Vaccination in Bombay 1924-1928 - 1924-1928
Year: 1924
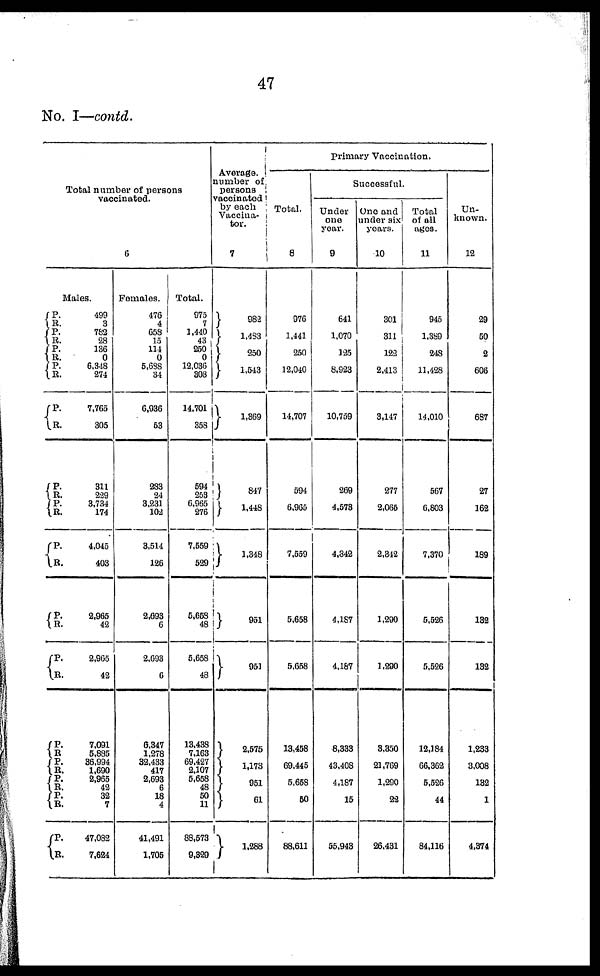
47
No. I—contd.
Total number of persons
vaccinated.
6
Males.
P.
R.
P.
R.
P.
R.
P.
R.
P.
R.
P.
R.
P.
R.
P.
R.
P.
R.
P.
R.
P.
R.
P.
R. P.
R.
P.
R.
P.
R.
499
3
782
28
136
0
6,348
274
7,765
305
311
229
3,734
174
4,045
403
2,965
42
2,965
42
7,091
5,885
36,994
1,690
2,965
42
32
7
47,082
7,624
Females.
476
4
658
15
114
0
5,638
34
6,936
53
283
24
3,231
102
3,514
126
2,693
6
2,693
6
6,347
1,278
32,433
417
2,693
6
18
4
41,491
1,705
Total.
975
7
1,440
43
250
0
12,036
308
14,701
358
594
253
6,965
276
7,559
529
5,658
48
5,658
48
13,438
7,163
69,427
2,107
5,658
48
50
11
88,573
9,329
Average
number of
persons
vaccinated
by each
Vaccina¬
tor.
7
982
1,433
250
1,543
1,369
847
1,448
1,348
951
951
2,575
1,173
951
61
1,288
primary Vaccination.
Total.
8
976
1,441
250
12,040
14,707
594
6,965
7,559
5,658
5,658
13,458
69,445
5,658
50
88,611
Successful.
Under
one
year.
9
641
1,070
125
8,923
10,759
269
4,573
4,842
4,187
4,187
8,333
43,408
4,187
15
55,943
One and
under six
years.
10
301
311
122
2,413
3,147
277
2,065
2,342
1,290
1,290
3,350
21,769
1,290
22
26,431
Total
of all
ages.
11
945
1,389
248
11,428
14,010
567
6,803
7,370
5,526
5,526
12,184
66,362
5,526
44
84,116
Un-
known.
12
29
50
2
606
687
27
162
189
132
132
1,233
3,008
132
1
4,374